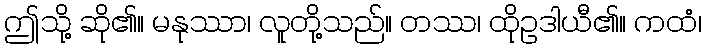
ဤသို့ ဆို၏။ မနုဿာ၊ လူတို့သည်။ တဿ၊ ထိုဥဒါယီ၏။ ကထံ၊